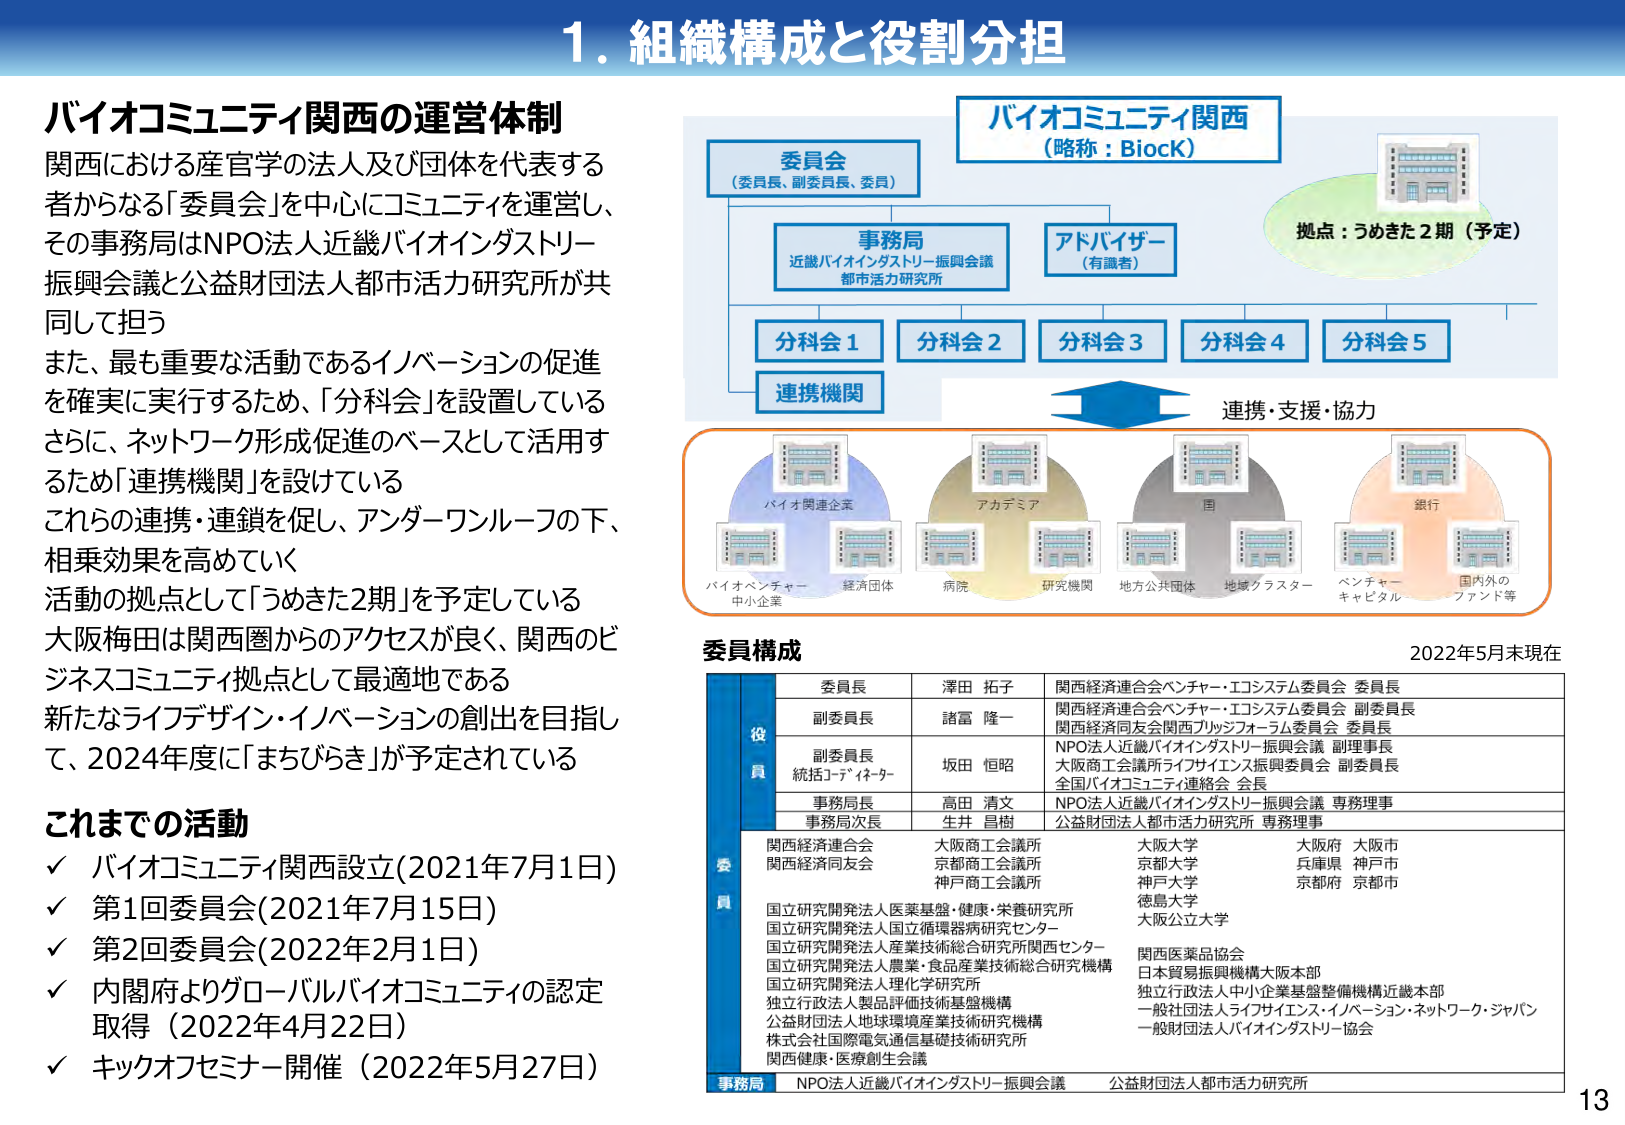
1. 組織構成と役割分担

バイオコミュニティ関西の運営体制
関西における産官学の法人及び団体を代表する
者からなる「委員会」を中心にコミュニティを運営し、
その事務局はNPO法人近畿バイオインダストリー
振興会議と公益財団法人都市活力研究所が共
同して担う
また、最も重要な活動であるイノベーションの促進
を確実に実行するため、「分科会」を設置している
さらに、ネットワーク形成促進のベースとして活用す
るため「連携機関」を設けている
これらの連携・連鎖を促し、アンダーワンルーフの下、
相乗効果を高めていく
活動の拠点として「うめきた2期」を予定している
大阪梅田は関西圏からのアクセスが良く、関西のビ
ジネスコミュニティ拠点として最適地である
新たなライフデザイン・イノベーションの創出を目指し
て、2024年度に「まちびらき」が予定されている

これまでの活動
✓ バイオコミュニティ関西設立(2021年7月1日)
✓ 第1回委員会(2021年7月15日)
✓ 第2回委員会(2022年2月1日)
✓ 内閣府よりグローバルバイオコミュニティの認定
取得（2022年4月22日）
✓ キックオフセミナー開催（2022年5月27日）

バイオコミュニティ関西
（略称：BioCK）
委員会
（委員長、副委員長、委員）
事務局
近畿バイオインダストリー振興会議
都市活力研究所
アドバイザー
（有識者）
拠点：うめきた2期（予定）
分科会1
分科会2
分科会3
分科会4
分科会5
連携機関
連携・支援・協力
バイオ関連企業
バイオベンチャー
中小企業
経済団体
アカデミア
病院
研究機関
国
地方公共団体
地域クラスター
銀行
ベンチャーキャピタル
国内外のファンド等

委員構成
2022年5月末現在
役員
委員長
澤田 拓子
関西経済連合会ベンチャー・エコシステム委員会 委員長
副委員長
諸冨 隆一
関西経済連合会ベンチャー・エコシステム委員会 副委員長
関西経済同友会関西ブリッジフォーラム委員会 委員長
副委員長
統括コーディネーター
坂田 恒昭
NPO法人近畿バイオインダストリー振興会議 副理事長
大阪商工会議所ライフサイエンス振興委員会 副委員長
全国バイオコミュニティ連絡会 会長
事務局長
高田 清文
NPO法人近畿バイオインダストリー振興会議 専務理事
事務局次長
生井 昌樹
公益財団法人都市活力研究所 専務理事
委員
関西経済連合会
大阪商工会議所
大阪大学
大阪府 大阪市
関西経済同友会
京都商工会議所
京都大学
兵庫県 神戸市
神戸商工会議所
神戸大学
京都府 京都市
徳島大学
国立研究開発法人医薬基盤・健康・栄養研究所
大阪公立大学
国立研究開発法人国立循環器病研究センター
国立研究開発法人産業技術総合研究所関西センター
関西医薬品協会
国立研究開発法人農業・食品産業技術総合研究機構
日本貿易振興機構大阪本部
国立研究開発法人理化学研究所
独立行政法人中小企業基盤整備機構近畿本部
独立行政法人製品評価技術基盤機構
一般社団法人ライフサイエンス・イノベーション・ネットワーク・ジャパン
公益財団法人地球環境産業技術研究機構
一般財団法人バイオインダストリー協会
株式会社国際電気通信基礎技術研究所
関西健康・医療創生会議
事務局
NPO法人近畿バイオインダストリー振興会議
公益財団法人都市活力研究所

13